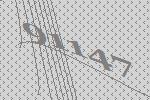
91147